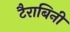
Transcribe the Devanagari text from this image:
टैराबिनी